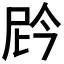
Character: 𫢩